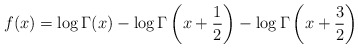
\begin{align*}f(x) = \log \Gamma(x) - \log\Gamma\left(x+\frac12\right) - \log\Gamma\left(x+\frac32\right)\end{align*}